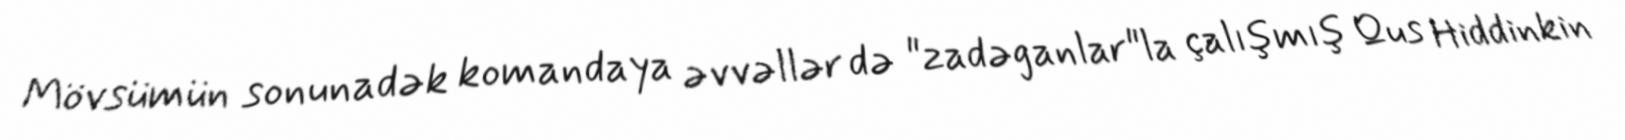
Mövsümün sonunadək komandaya əvvəllər də "zadəganlar"la çalışmış Qus Hiddinkin